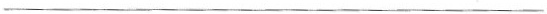
\underline